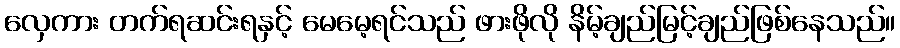
လှေကား တက်ရဆင်းရနှင့် မေမေ့ရင်သည် ဖားဖိုလို နိမ့်ချည်မြင့်ချည်ဖြစ်နေသည်။